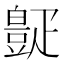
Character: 𪽧